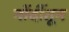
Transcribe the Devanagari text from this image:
नोंदींतून